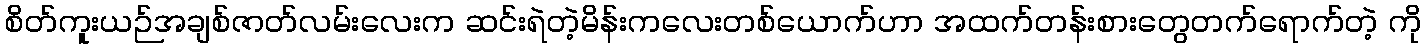
စိတ်ကူးယဉ်အချစ်ဇာတ်လမ်းလေးက ဆင်းရဲတဲ့မိန်းကလေးတစ်ယောက်ဟာ အထက်တန်းစားတွေတက်ရောက်တဲ့ ကို